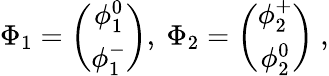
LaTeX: \Phi_{1}=\left(\begin{array}{c}{{\phi_{1}^{0}}}\\ {{\phi_{1}^{-}}}\end{array}\right),\ \Phi_{2}=\left(\begin{array}{c}{{\phi_{2}^{+}}}\\ {{\phi_{2}^{0}}}\end{array}\right)\ ,